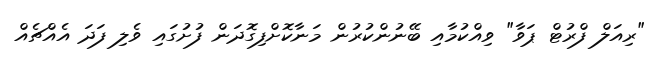
"ރިއަލް ފްރުޓް ޕަވާ" ވިއްކުމާއި ބޭނުންކުރުން މަނާކޮށްފިގޮދަން ފުށުގައި ވެލި ފަދަ އެއްޗެއް